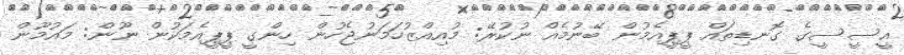
އީސީސީގެ ގޮނޑިތައް ޕީޕީއެމުން ބޭނުމެއް ނުކުރޭ: މުއިއްޒުހަމަނުޖެހުން ހިންގީ ޕީޕީއެމަކުން ނޫން: މައުމޫން